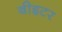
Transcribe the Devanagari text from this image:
बीइटर